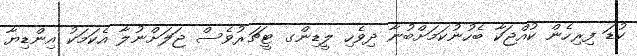
ކުޑަ ފިރިހެން ކުއްޖަކާ ބެހުނުކަމަށްބުނާ ދިވެހި ލީޑިންގ ޓީޗަރުވެސް ޖަލަށްނުލާ އެކަމަކު އިންޑިޔާ